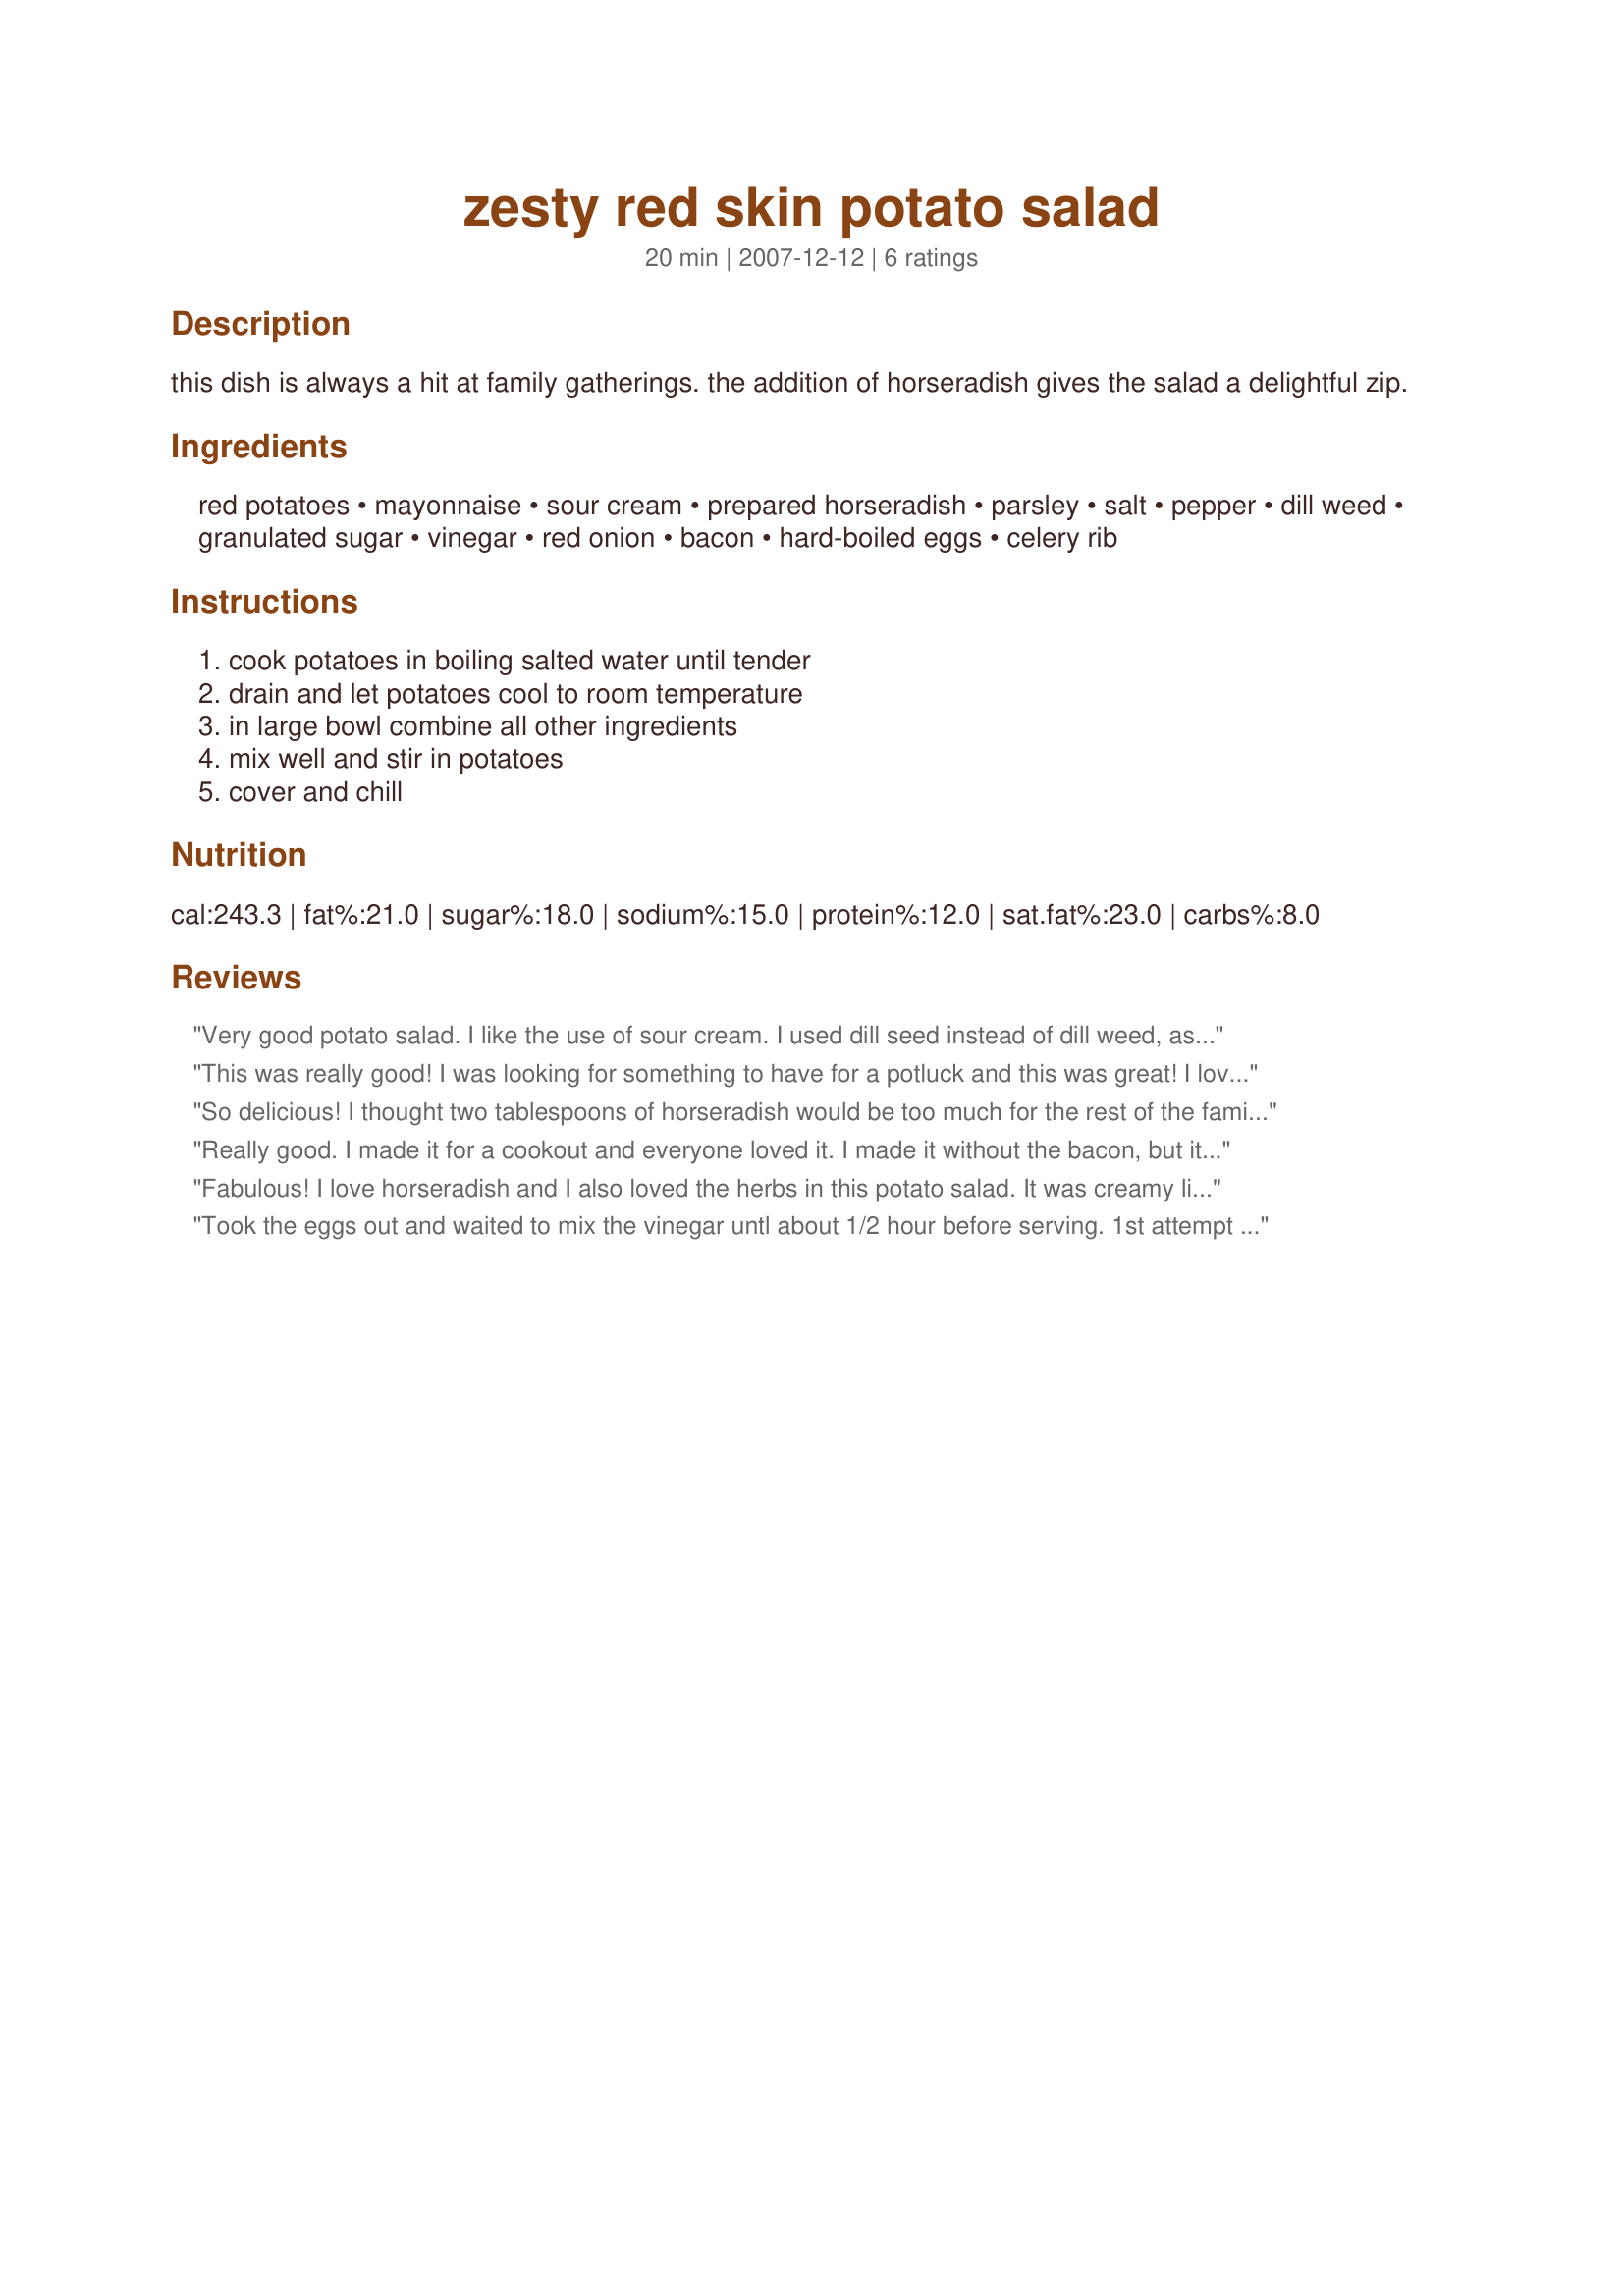
zesty red skin potato salad
Preparation time: 20 minutes

this dish is always a hit at family gatherings. the addition of horseradish gives the salad a delightful zip.

Ingredients:
red potatoes, mayonnaise, sour cream, prepared horseradish, parsley, salt, pepper, dill weed, granulated sugar, vinegar, red onion, bacon, hard-boiled eggs, celery rib

Steps:
cook potatoes in boiling salted water until tender, drain and let potatoes cool to room temperature, in large bowl combine all other ingredients, mix well and stir in potatoes, cover and chill

Reviews:
Very good potato salad. I like the use of sour cream. I used dill seed instead of dill weed, as I didn't have any on hand. Also used prepackaged bacon bits. Only made half the recipe, as there are just two of us. Very easy to put together and I would definitely make it again. Made for PAC Spring '08.
This was really good! I was looking for something to have for a potluck and this was great! I love the horseradish addition. Will make again for sure!
So delicious! I thought two tablespoons of horseradish would be too much for the rest of the family, so I put one in and you couldn't even tell. Going to put two tablespoons in next time! Thanks for the recipe!
Really good. I made it for a cookout and everyone loved it. I made it without the bacon, but it was still very tasty. The only thing I would change would be to add a little bit more salt the next time I make it.
Fabulous! I love horseradish and I also loved the herbs in this potato salad. It was creamy like traditional potato salads, but had soooo much more flavor. Two tablespoons of horseradish may seem like a lot, but really it is not overdone. Thanx for a great tator salad recipe!
Took the eggs out and waited to mix the vinegar untl about 1/2 hour before serving. 1st attempt making potato salad and it turned out great!
